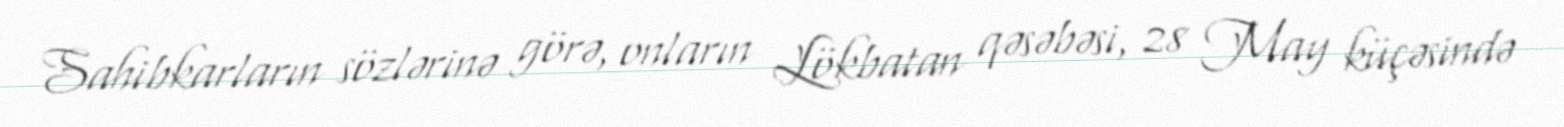
Sahibkarların sözlərinə görə, onların Lökbatan qəsəbəsi, 28 May küçəsində